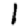
Digit: 1